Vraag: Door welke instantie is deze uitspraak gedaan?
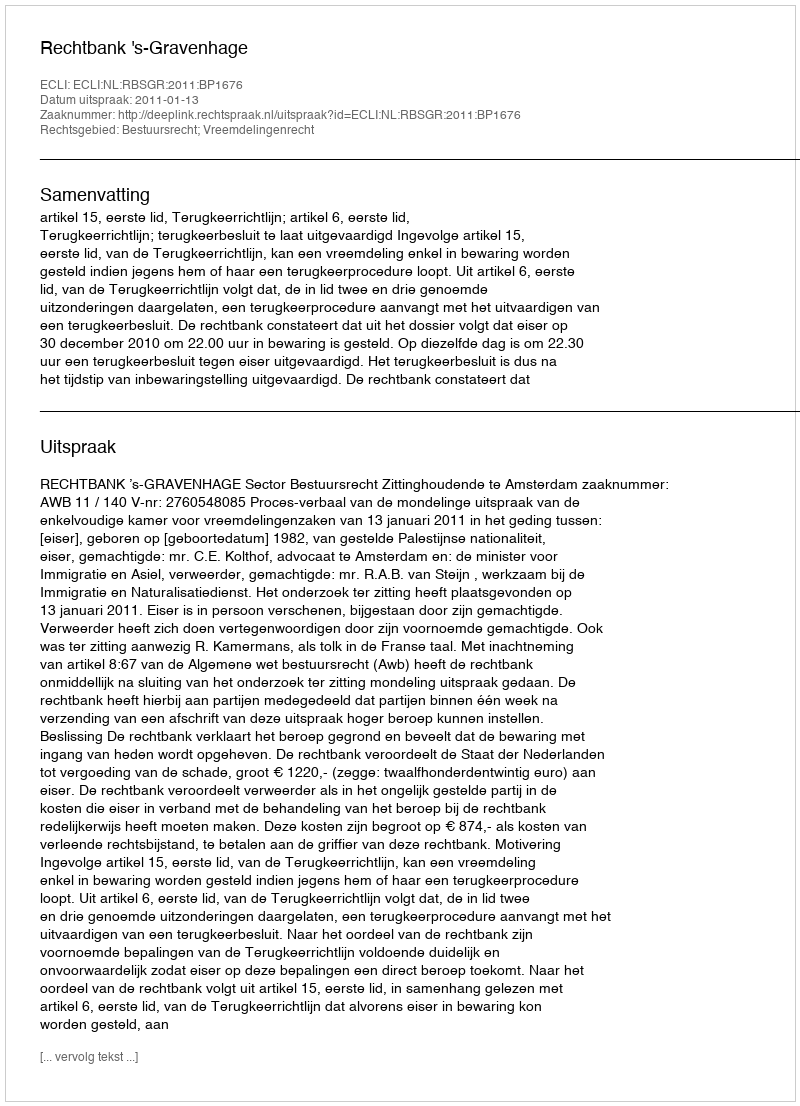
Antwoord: Rechtbank 's-Gravenhage